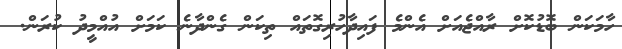
ހާމަކަން ބޮޑުކޮށް ރާއްޖެއަށް އެންމެ ފައިދާހުރިގޮތައް ތިކަން ގެންދާނެ ކަމަށް އުއްމީދު ކުރަން.